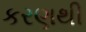
કરણથી